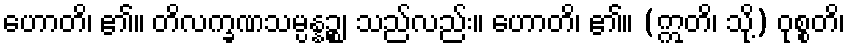
ဟောတိ၊ ၏။ တိလက္ခဏသမ္ပန္နဉ္စ၊ သည်လည်း။ ဟောတိ၊ ၏။ (ဣတိ၊ သို့) ဝုစ္စတိ၊